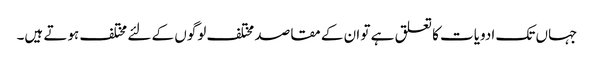
جہاں تک ادویات کا تعلق ہے تو ان کے مقاصد مختلف لوگوں کے لئے مختلف ہوتے ہیں۔